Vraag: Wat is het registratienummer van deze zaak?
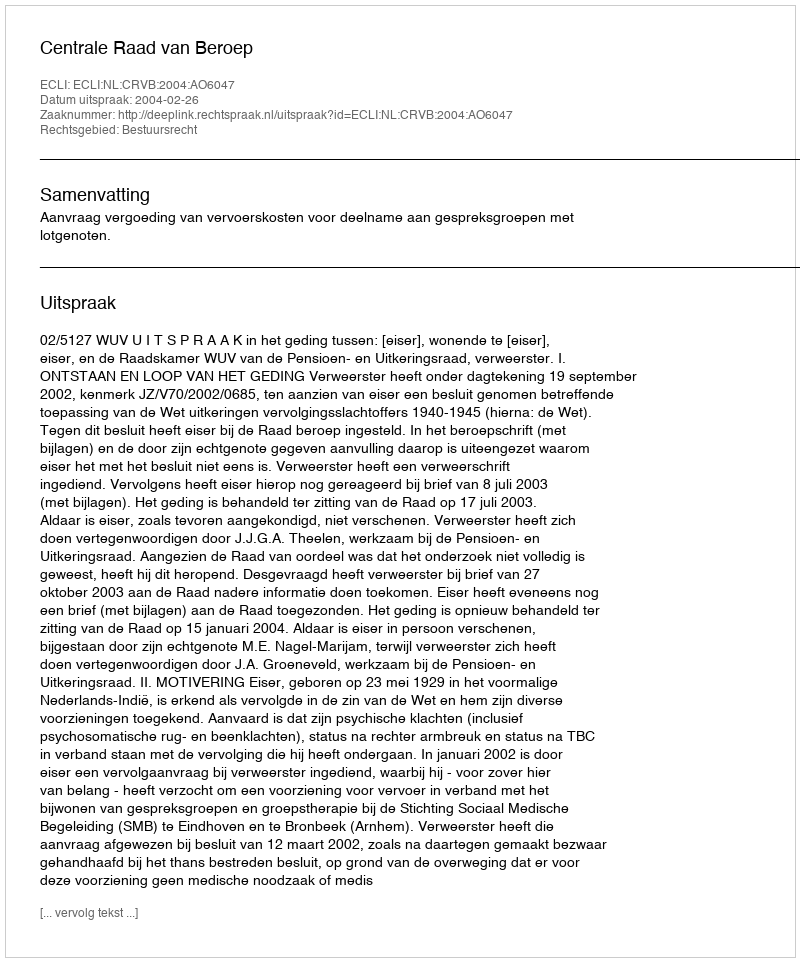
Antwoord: http://deeplink.rechtspraak.nl/uitspraak?id=ECLI:NL:CRVB:2004:AO6047